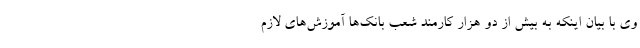
وی با بیان اینکه به بیش از دو هزار کارمند شعب بانک‌ها آموزش‌های لازم